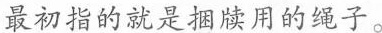
最初指的就是捆牍用的绳子